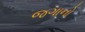
જગાનો